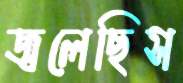
জ্বলেছিস